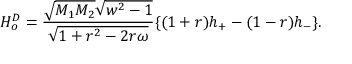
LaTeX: H _ { o } ^ { D } = \frac { \sqrt { M _ { 1 } M _ { 2 } } \sqrt { w ^ { 2 } - 1 } } { \sqrt { 1 + r ^ { 2 } - 2 r \omega } } \{ ( 1 + r ) h _ { + } - ( 1 - r ) h _ { - } \} .